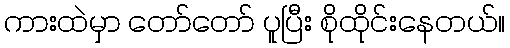
ကားထဲမှာ တော်တော် ပူပြီး စိုထိုင်းနေတယ်။